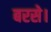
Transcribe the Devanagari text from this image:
बरसे।